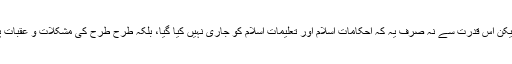
بہرحال یہ قدرت اگرچہ ہے) لیکن اس قدرت سے نہ صرف یہ کہ احکاماتِ اسلام اور تعلیماتِ اسلام کو جاری نہیں کیا گیا، بلکہ طرح طرح کی مشکلات و عقبات پیدا کرنے کی کوشش کی گئی۔